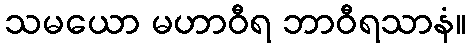
သမယော မဟာဝီရ ဘာဝီရသာနံ။